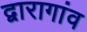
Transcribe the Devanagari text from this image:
द्वारागांव